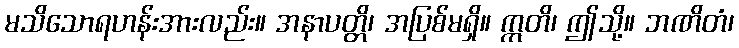
မသိသောရဟန်းအားလည်း။ အနာပတ္တိ၊ အပြစ်မရှိ။ ဣတိ၊ ဤသို့။ ဘဏိတံ၊